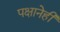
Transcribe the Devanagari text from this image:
पक्षानेही